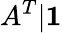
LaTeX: A^{T}|\boldsymbol 1